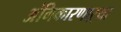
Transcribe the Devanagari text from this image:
अंगिकारणाऱ्या